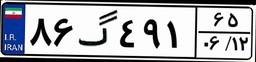
۶۹گ۰۱۰۳۹